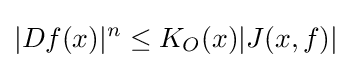
|Df(x)|^{n}\leq K_{O}(x)|J(x,f)|